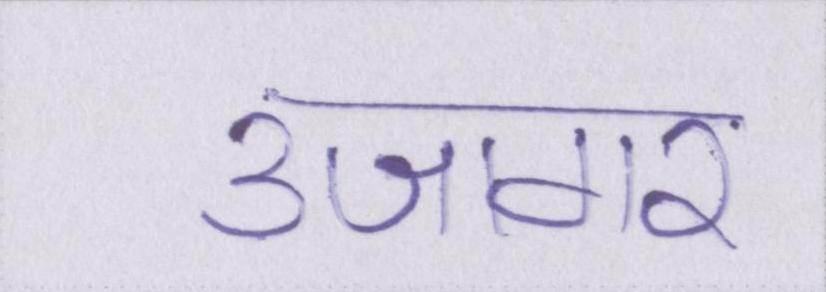
उजागर